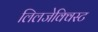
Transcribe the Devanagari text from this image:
लिलजेक्विस्ट